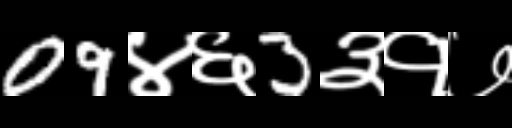
Text: 09४६3३१७